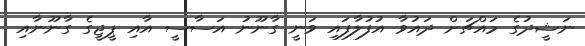
ނަޝީދުގެ މައްޗަށް ދައުވާ އުފުލާފައި ވަނީ ގާނޫނު އަސާސީ އާއި ޕީޖީގެ ގާނޫނާއި